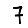
Digit: 7